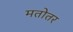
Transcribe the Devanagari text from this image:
मतोतर